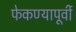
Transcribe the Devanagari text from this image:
फेकण्यापूर्वी